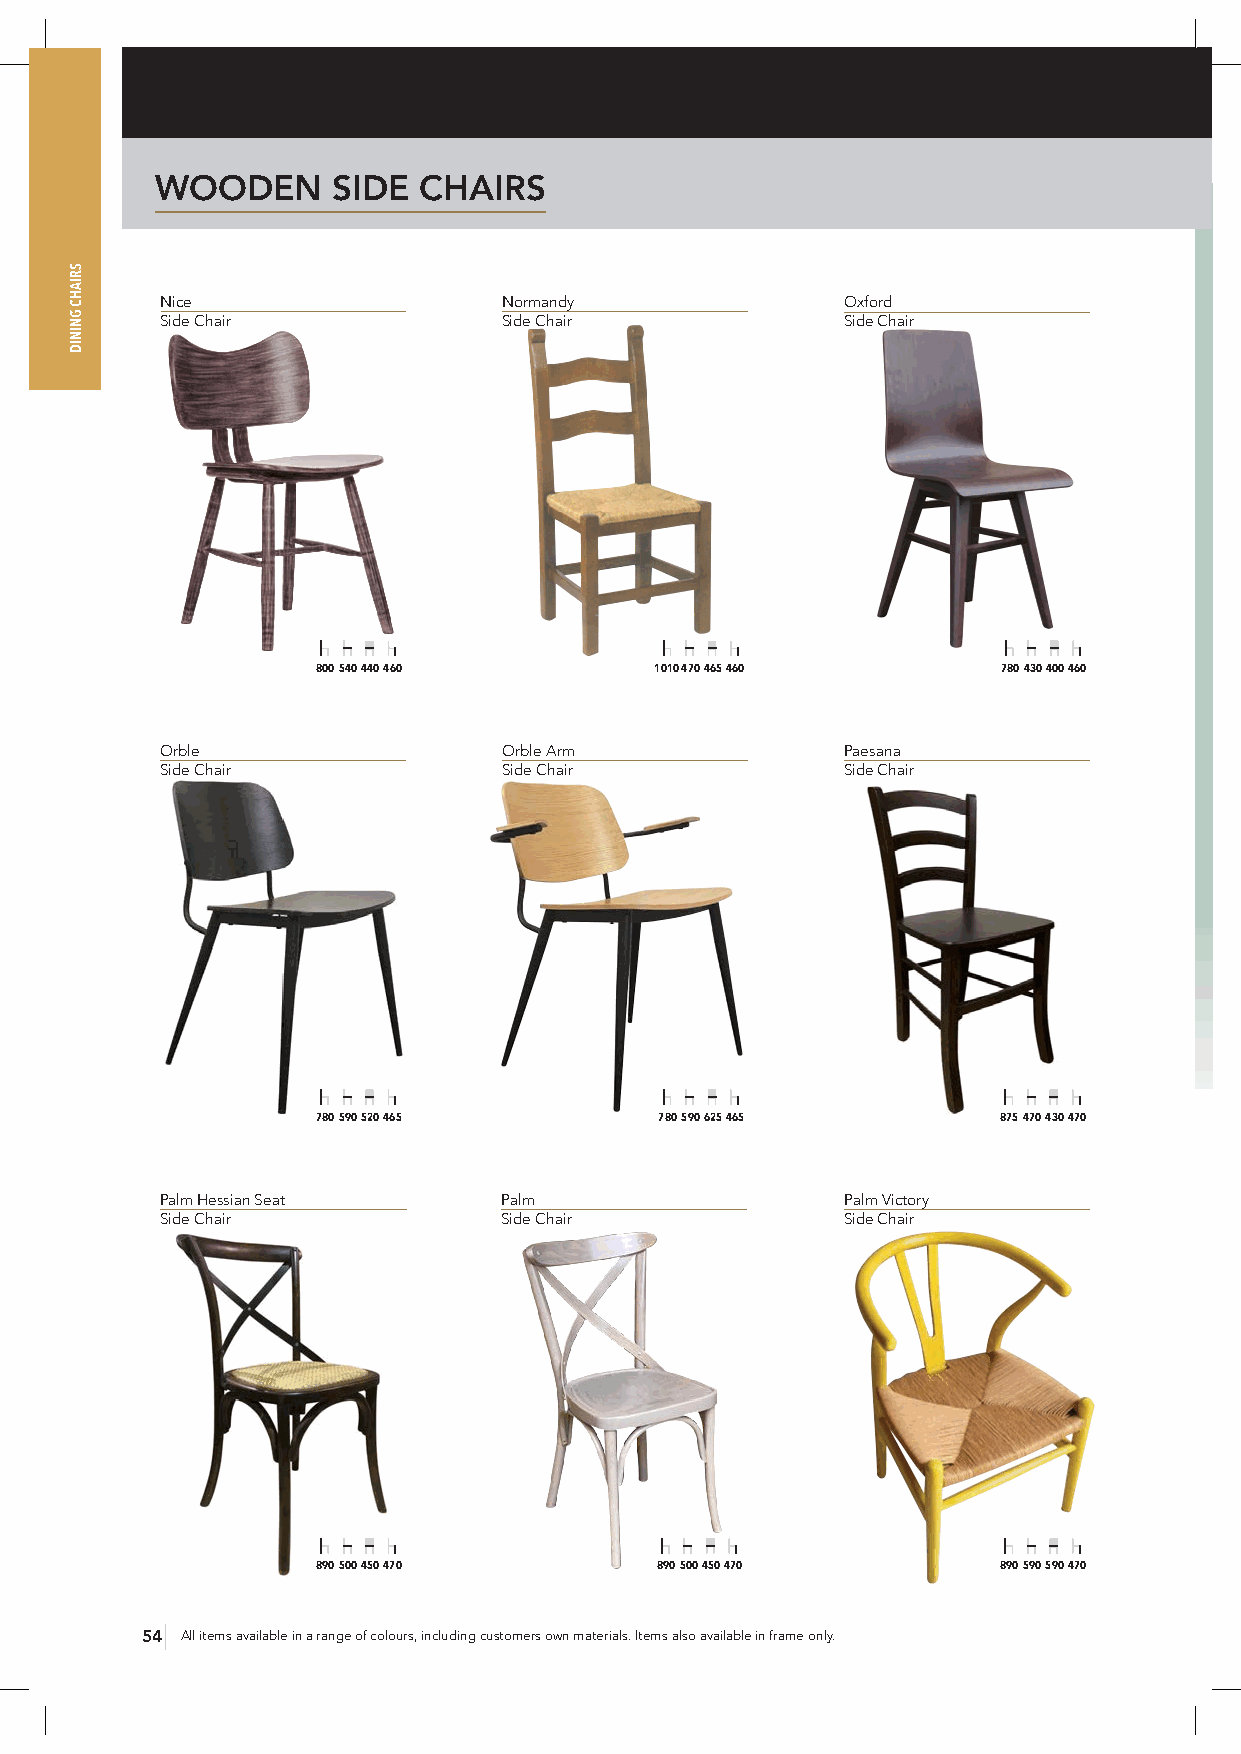
WOODEN      SIDE  CHAIRS
 Nice                  Normandy               Oxford
 Side Chair            Side Chair             Side Chair
 800 540 440 460       1010 470 465 460       780 430 400 460
 Orble                 Orble Arm              Paesana
 Side Chair            Side Chair             Side Chair
 780 590 520 465        780 590 625 465       875 470 430 470
 Palm Hessian Seat     Palm                   Palm Victory
 Side Chair            Side Chair             Side Chair
 890 500 450 470       890 500 450 470        890 590 590 470
 54 All items available in a range of colours, including customers own materials. Items also available in frame only.
 SRIAHC
 GNINID